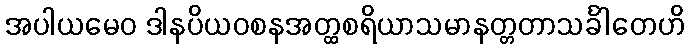
အပါယမေဝ ဒါနပိယဝစနအတ္ထစရိယာသမာနတ္တတာသင်္ခါတေဟိ